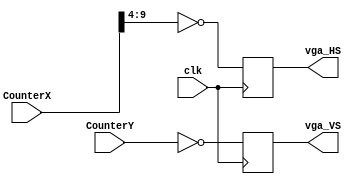
module vga(input clk, input [9:0] CounterX, input [9:0] CounterY, output vga_HS, output vga_VS
    );
reg vga_HS, vga_VS;
always @(posedge clk)
begin
  vga_HS <= (CounterX[9:4]==0);   // active for 96 clocks
  vga_VS <= (CounterY==0);   // active for 2 clocks
end
endmodule